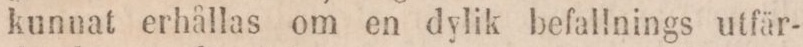
kunnat erhållas om en dylik befallnings utfär-